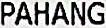
PAHANG